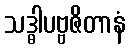
သဒ္ဓါပဗ္ဗဇိတာနံ